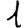
Digit: 1